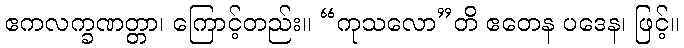
ဧကလက္ခဏတ္တာ၊ ကြောင့်တည်း။ “ကုသလော”တိ ဧတေန ပဒေန၊ ဖြင့်။